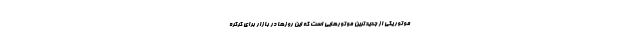
موتور یکی از جدیدترین موتورهایی است که این روزها در بازار برای کرکره